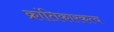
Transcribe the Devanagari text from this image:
क्रांतिकारकत्व